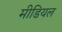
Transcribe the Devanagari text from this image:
मीडियल